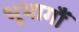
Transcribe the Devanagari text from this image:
भूभागौं